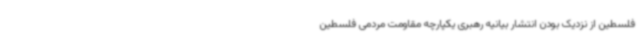
فلسطین از نزدیک بودن انتشار بیانیه رهبری یکپارچه مقاومت مردمی فلسطین